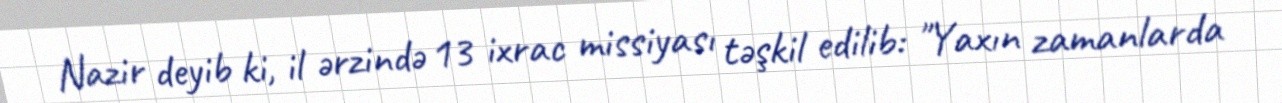
Nazir deyib ki, il ərzində 13 ixrac missiyası təşkil edilib: "Yaxın zamanlarda